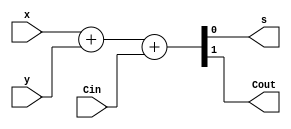
// This program was cloned from: https://github.com/haojunliu/OpenFPGA
// License: BSD 2-Clause "Simplified" License

/* Uses behavioural specification for adder */

module bm_DL_behavioural_full_adder (Cin, x, y, s, Cout);
	input Cin, x, y;
	output s, Cout;
	reg s, Cout;
	
	always @(x or y or Cin)
		{Cout, s} = x + y + Cin;

endmodule